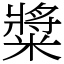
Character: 䊢